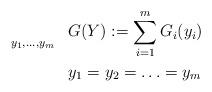
LaTeX: \begin{align*}\begin{aligned}& \underset{y_{1}, \hdots, y_{m}}{}& & G(Y):=\sum_{i=1}^{m} G_{i}(y_{i}) \\& & & y_{1}=y_{2}=\hdots=y_{m}\end{aligned}\end{align*}